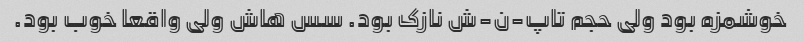
خوشمزه بود ولی حجم تاپ-ن-ش نازک بود. سس هاش ولی واقعا خوب بود.